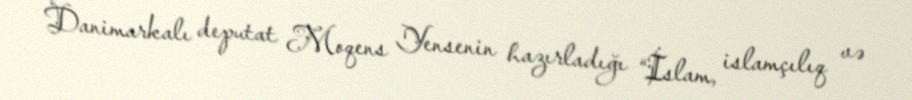
Danimarkalı deputat Moqens Yensenin hazırladığı “İslam, islamçılıq və